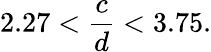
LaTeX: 2.27<\frac{c}{d}<3.75.